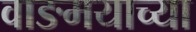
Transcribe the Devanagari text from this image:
वाङमयाच्या